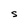
Character: S